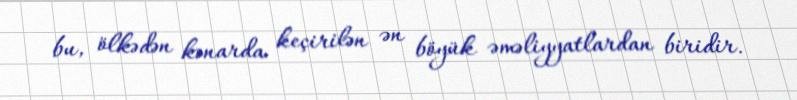
bu, ölkədən kənarda keçirilən ən böyük əməliyyatlardan biridir.